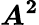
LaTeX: \boldsymbol{A^{2}}